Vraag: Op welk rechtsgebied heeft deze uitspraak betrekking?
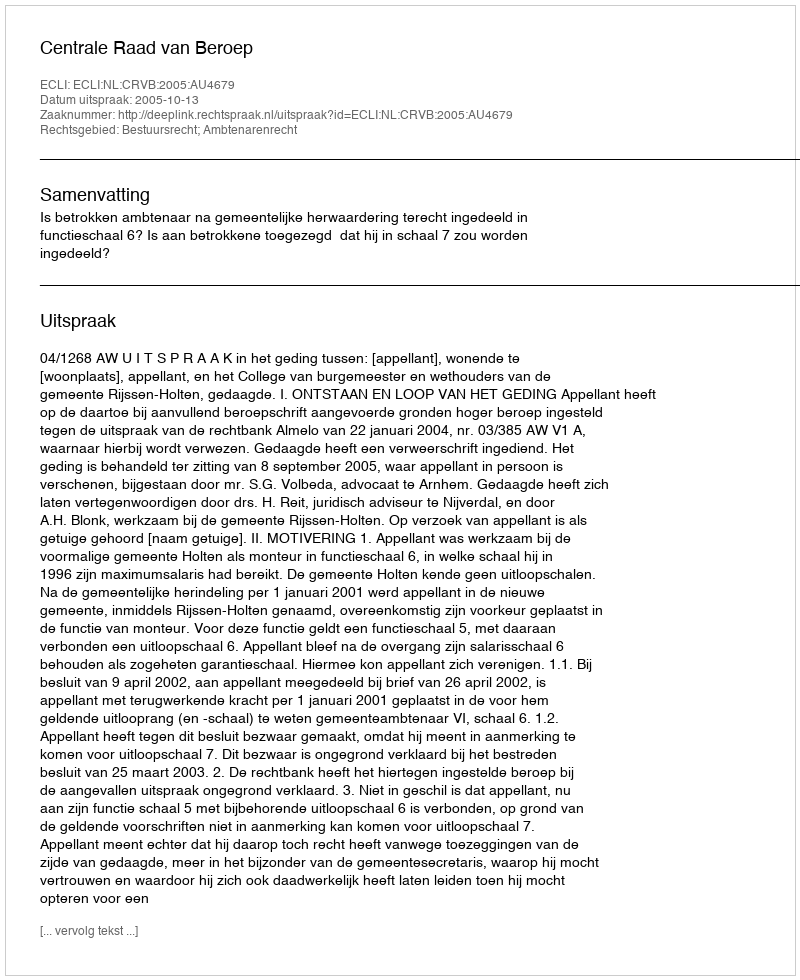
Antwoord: Bestuursrecht; Ambtenarenrecht